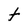
Character: t